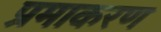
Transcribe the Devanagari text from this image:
प्रमाकरण